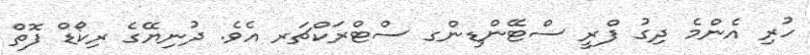
ހުރި އެންމެ ދިގު ފްރީ ސްޓޭންޑިންގ ސްޓްރަކްޗަރ އެވެ. ދުނިޔޭގެ ރިކޯޑް ފޮތް